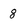
Character: 8